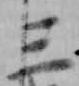
三